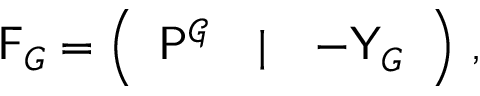
\begin{array} { r } { \mathsf { F } _ { G } = \left( \begin{array} { l l l } { \mathsf { P } ^ { \mathcal { G } } } & { | } & { - \mathsf { Y } _ { G } } \end{array} \right) \, , } \end{array}